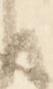
て